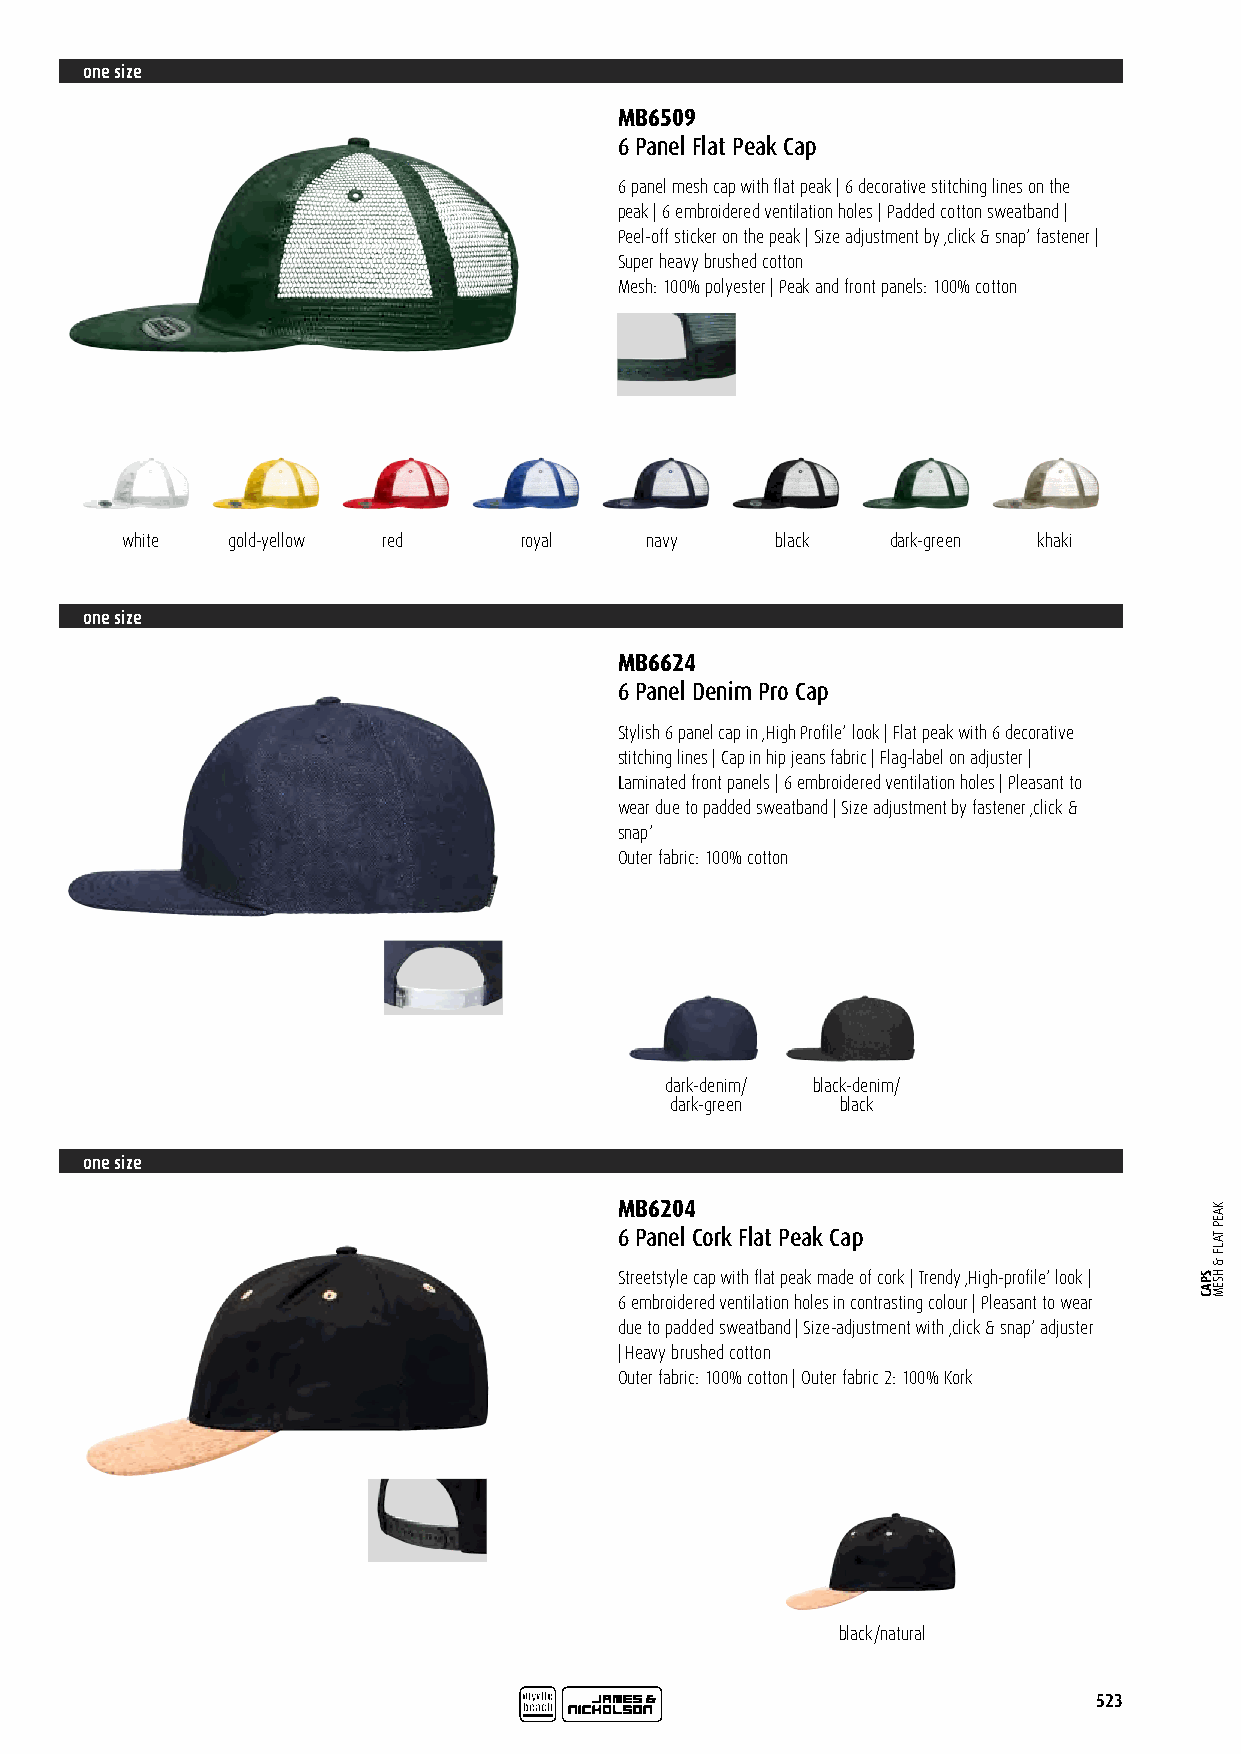
one size
 MB6509
 6 Panel Flat Peak Cap
 6 panel mesh cap with flat peak | 6 decorative stitching lines on the
 peak | 6 embroidered ventilation holes | Padded cotton sweatband |
 Peel-off sticker on the peak | Size adjustment by ‚click & snap‘ fastener |
 Super heavy brushed cotton
 Mesh: 100% polyester | Peak and front panels: 100% cotton
 white  gold-yellow red    royal    navy    black   dark-green khaki
 one size
 MB6624
 6 Panel Denim Pro Cap
 Stylish 6 panel cap in ‚High Profile‘ look | Flat peak with 6 decorative
 stitching lines | Cap in hip jeans fabric | Flag-label on adjuster |
 Laminated front panels | 6 embroidered ventilation holes | Pleasant to
 wear due to padded sweatband | Size adjustment by fastener ‚click &
 snap‘
 Outer fabric: 100% cotton
 dark-denim/ black-denim/
 dark-green  black
 one size
 MB6204
 6 Panel Cork Flat Peak Cap
 Streetstyle cap with flat peak made of cork | Trendy ‚High-profile‘ look |
 6 embroidered ventilation holes in contrasting colour | Pleasant to wear
 due to padded sweatband | Size-adjustment with ‚click & snap‘ adjuster
 | Heavy brushed cotton
 Outer fabric: 100% cotton | Outer fabric 2: 100% Kork
 black/natural
 523
 SPAC
 KAEP
 TALF
 &
 HSEM